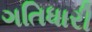
ગતિધારી